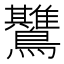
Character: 𱉅